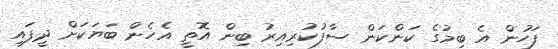
ފަހުން އެ ބިމުގެ ކަންކަން ސާފުކުރިއިރު ބިން އޮތީ އެހެން ބަޔަކަށް ދީފައި